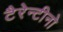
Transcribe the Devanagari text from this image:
टैरेन्टीनो